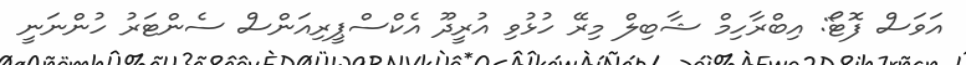
އަވަސް ފޮޓޯ: އިބްރާހިމް ޝާބިލް މިރޭ ހުޅުވި އުރީދޫ އެކްސްޕީރިއަންސް ސެންޓަރު ހުންނަނީ